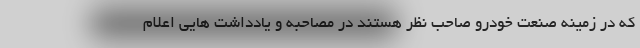
که در زمینه صنعت خودرو صاحب نظر هستند در مصاحبه و یادداشت هایی اعلام